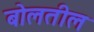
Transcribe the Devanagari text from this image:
बोलतील